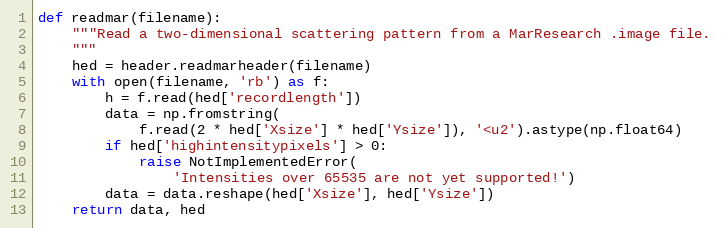
Language: Python
def readmar(filename):
    """Read a two-dimensional scattering pattern from a MarResearch .image file.
    """
    hed = header.readmarheader(filename)
    with open(filename, 'rb') as f:
        h = f.read(hed['recordlength'])
        data = np.fromstring(
            f.read(2 * hed['Xsize'] * hed['Ysize']), '<u2').astype(np.float64)
        if hed['highintensitypixels'] > 0:
            raise NotImplementedError(
                'Intensities over 65535 are not yet supported!')
        data = data.reshape(hed['Xsize'], hed['Ysize'])
    return data, hed